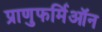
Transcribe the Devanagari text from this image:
प्राणुफर्मिऑन